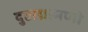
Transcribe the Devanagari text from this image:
दुष्टाग्रामणी